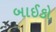
બાઈકો